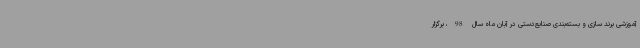
آموزشی برند سازی و بسته‌بندی صنایع‌دستی در آبان ماه سال 98، برگزار